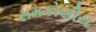
સમકોણીય